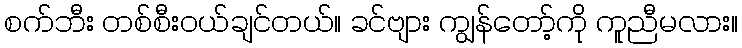
စက်ဘီး တစ်စီးဝယ်ချင်တယ်။ ခင်ဗျား ကျွန်တော့်ကို ကူညီမလား။